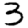
Digit: 3